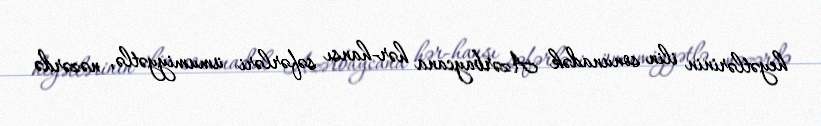
heyətlərinin ilin sonunadək Azərbaycana hər-hansı səfərləri ümumiyyətlə, nəzərdə